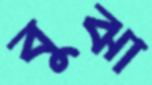
বুঝা